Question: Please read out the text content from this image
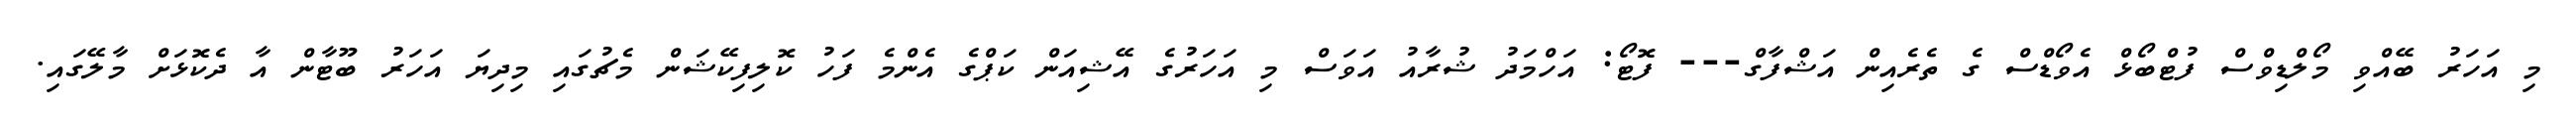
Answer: މި އަހަރު ބޭއްވި މޯލްޑިވްސް ފުޓްބޯޅް އެވޯޑްސް ގެ ތެރެއިން އަޝްފާގް--- ފޮޓޯ: އަހްމަދު ޝުރާއު އަވަސް މި އަހަރުގެ އޭޝިއަން ކަޕްގެ އެންމެ ފަހު ކޮލިފިކޭޝަން މެޗުގައި މިދިޔަ އަހަރު ބޫޓާން އާ ދެކޮޅަށް މާލޭގައި.